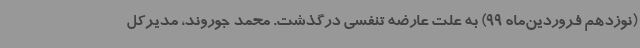
(نوزدهم فروردین‌ماه 99) به علت عارضه تنفسی درگذشت. محمد جوروند، مدیرکل